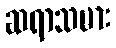
ဆရာသမား